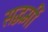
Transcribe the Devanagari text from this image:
सद्धर्मी